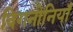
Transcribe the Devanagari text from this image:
विगनोनियाँ